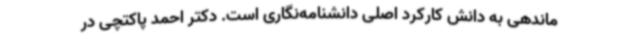
ماندهی به دانش کارکرد اصلی دانشنامه‌نگاری است. دکتر احمد پاکتچی در